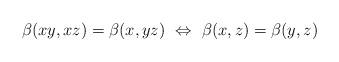
LaTeX: \begin{align*} \beta (xy,xz) =\beta(x,yz)\ \Leftrightarrow\ \beta(x,z) = \beta(y,z)\end{align*}